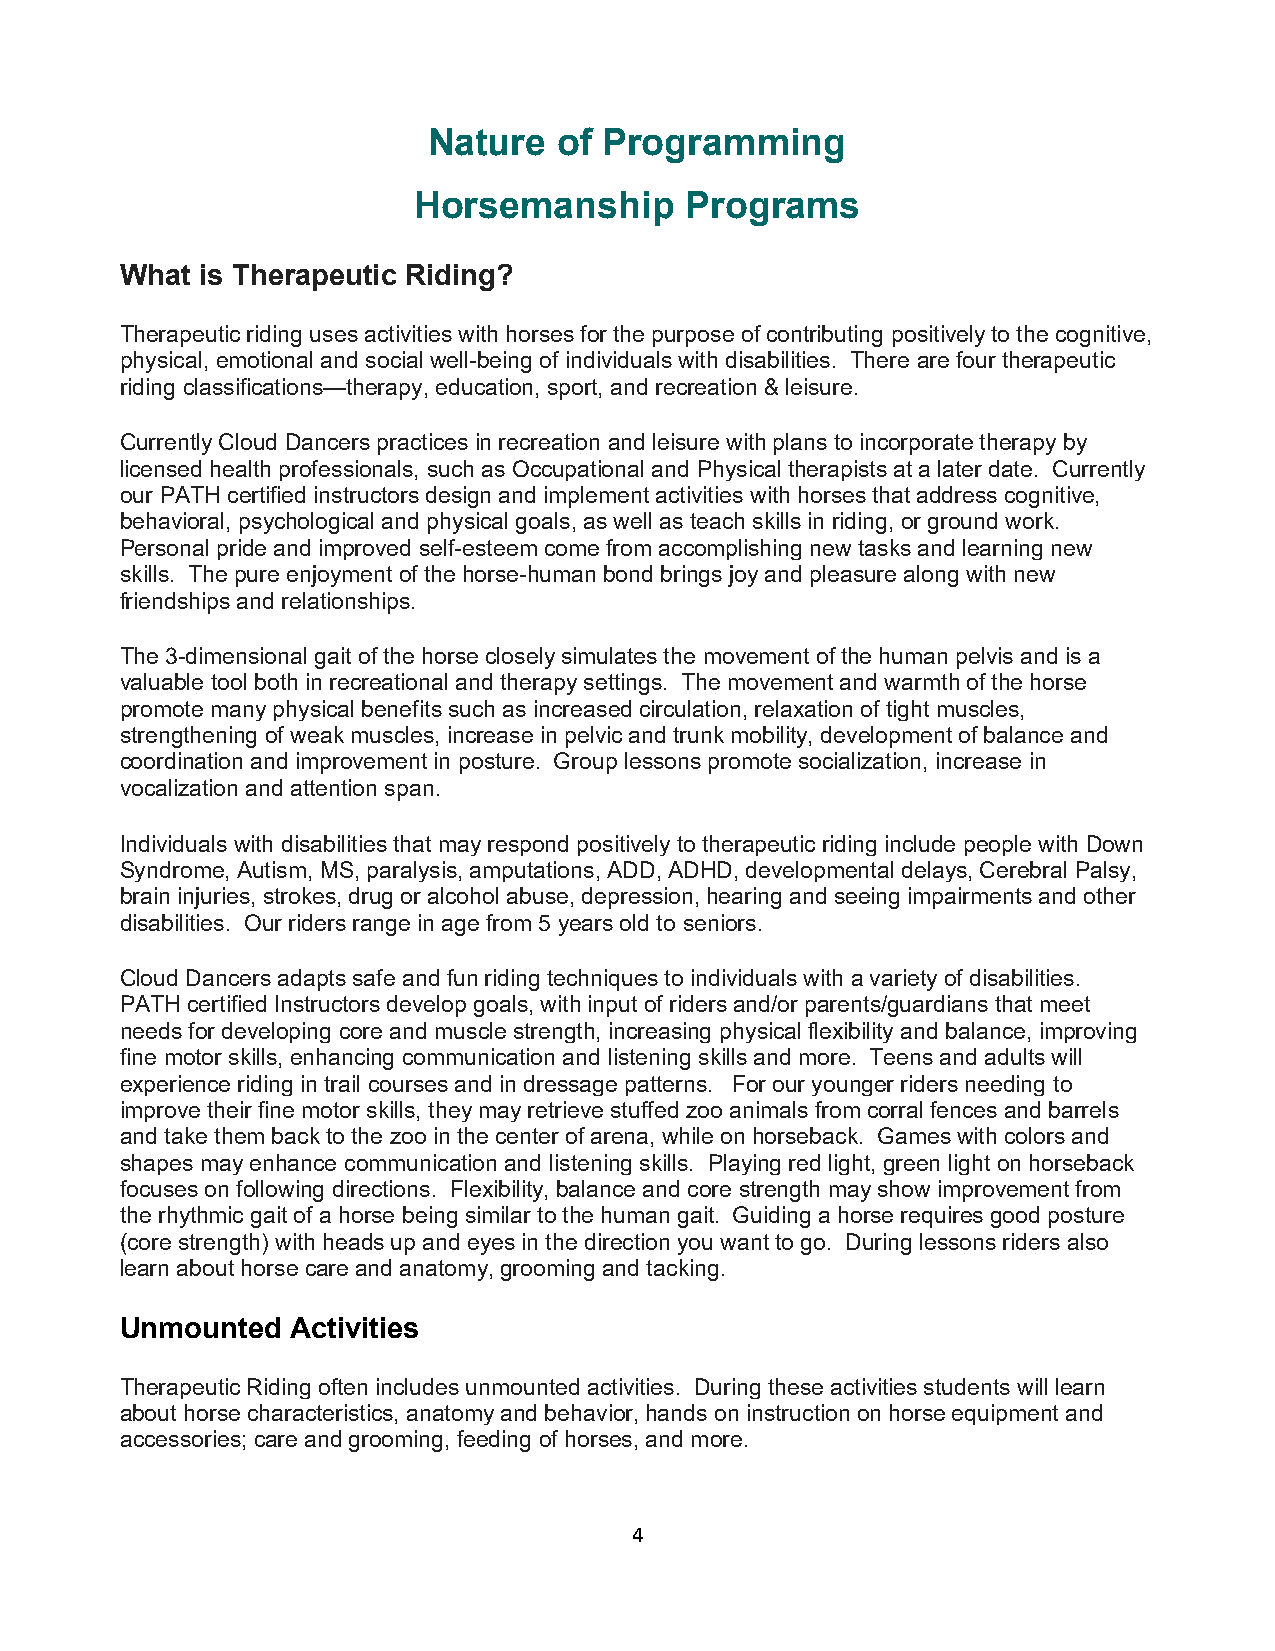
Nature   of Programming
 Horsemanship      Programs
 What is Therapeutic Riding?
 Therapeutic riding uses activities with horses for the purpose of contributing positively to the cognitive,
 physical, emotional and social well-being of individuals with disabilities. There are four therapeutic
 riding classifications—therapy, education, sport, and recreation & leisure.
 Currently Cloud Dancers practices in recreation and leisure with plans to incorporate therapy by
 licensed health professionals, such as Occupational and Physical therapists at a later date. Currently
 our PATH certified instructors design and implement activities with horses that address cognitive,
 behavioral, psychological and physical goals, as well as teach skills in riding, or ground work.
 Personal pride and improved self-esteem come from accomplishing new tasks and learning new
 skills. The pure enjoyment of the horse-human bond brings joy and pleasure along with new
 friendships and relationships.
 The 3-dimensional gait of the horse closely simulates the movement of the human pelvis and is a
 valuable tool both in recreational and therapy settings. The movement and warmth of the horse
 promote many physical benefits such as increased circulation, relaxation of tight muscles,
 strengthening of weak muscles, increase in pelvic and trunk mobility, development of balance and
 coordination and improvement in posture. Group lessons promote socialization, increase in
 vocalization and attention span.
 Individuals with disabilities that may respond positively to therapeutic riding include people with Down
 Syndrome, Autism, MS, paralysis, amputations, ADD, ADHD, developmental delays, Cerebral Palsy,
 brain injuries, strokes, drug or alcohol abuse, depression, hearing and seeing impairments and other
 disabilities. Our riders range in age from 5 years old to seniors.
 Cloud Dancers adapts safe and fun riding techniques to individuals with a variety of disabilities.
 PATH certified Instructors develop goals, with input of riders and/or parents/guardians that meet
 needs for developing core and muscle strength, increasing physical flexibility and balance, improving
 fine motor skills, enhancing communication and listening skills and more. Teens and adults will
 experience riding in trail courses and in dressage patterns. For our younger riders needing to
 improve their fine motor skills, they may retrieve stuffed zoo animals from corral fences and barrels
 and take them back to the zoo in the center of arena, while on horseback. Games with colors and
 shapes may enhance communication and listening skills. Playing red light, green light on horseback
 focuses on following directions. Flexibility, balance and core strength may show improvement from
 the rhythmic gait of a horse being similar to the human gait. Guiding a horse requires good posture
 (core strength) with heads up and eyes in the direction you want to go. During lessons riders also
 learn about horse care and anatomy, grooming and tacking.
 Unmounted  Activities
 Therapeutic Riding often includes unmounted activities. During these activities students will learn
 about horse characteristics, anatomy and behavior, hands on instruction on horse equipment and
 accessories; care and grooming, feeding of horses, and more.
 4